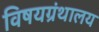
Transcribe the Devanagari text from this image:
विषयग्रंथालय